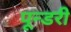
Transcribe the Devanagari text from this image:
पून्डरी